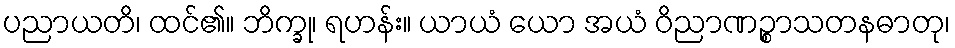
ပညာယတိ၊ ထင်၏။ ဘိက္ခု၊ ရဟန်း။ ယာယံ ယော အယံ ဝိညာဏဉ္စာသတနဓာတု၊